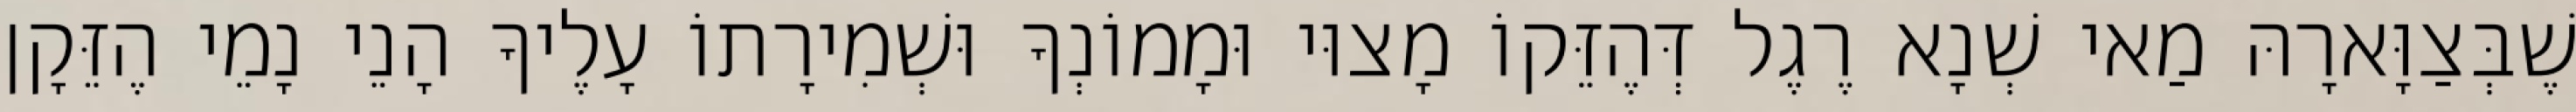
שֶׁבְּצַוָּארָהּ מַאי שְׁנָא רֶגֶל דְּהֶזֵּקוֹ מָצוּי וּמָמוֹנְךָ וּשְׁמִירָתוֹ עָלֶיךָ הָנֵי נָמֵי הֶזֵּקָן